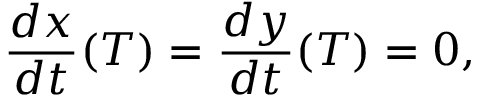
{ \frac { d x } { d t } } ( T ) = { \frac { d y } { d t } } ( T ) = 0 ,